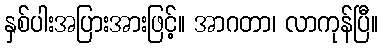
နှစ်ပါးအပြားအားဖြင့်။ အာဂတာ၊ လာကုန်ပြီ။